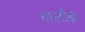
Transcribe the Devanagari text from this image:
चार्लीझ